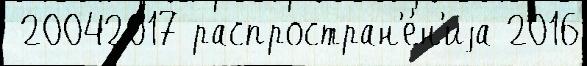
 20042017 распростран'е́н'иjа 2016